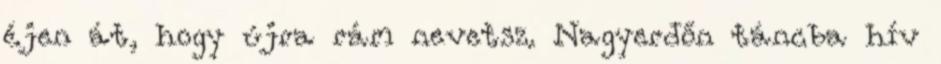
éjen át, hogy újra rám nevetsz. Nagyerdőn táncba hív